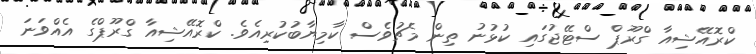
ކްރޮއޭޝިއާ ގްރޫޕް ސްޓޭޖުގައި ކުޅުނު ތިން މެޗުވެސް ކާމިޔާބުކުރިއެވެ. ކްރޮއޭޝިއާ ގްރޫޕްގެ އެއްވަނަ